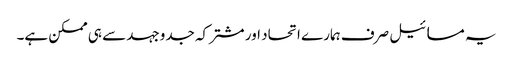
یہ مسائیل صرف ہمارے اتحاد اور مشترکہ جدوجہد سے ہی ممکن ہے۔